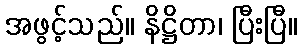
အဖွင့်သည်။ နိဋ္ဌိတာ၊ ပြီးပြီ။